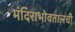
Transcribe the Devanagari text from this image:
मंदिराभोवतालची